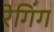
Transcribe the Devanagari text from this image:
रेगिंग